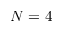
N = 4